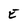
Character: E